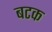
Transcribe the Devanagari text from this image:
बटक